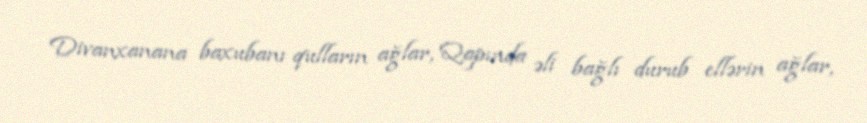
Divanxanana baxubanı qulların ağlar, Qapında əli bağlı durub ellərin ağlar,